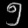
Digit: ၅